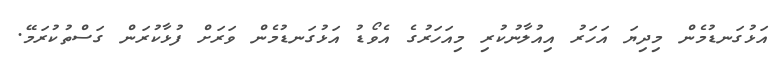
އަޅުގަނޑުމެން މިދިޔަ އަހަރު އިއުލާނުކުރި މިއަހަރުގެ އެވޯޑު އަޅުގަނޑުމެން ވަރަށް ފުޅާކުރަން ގަސްތުކުރަމޭ.